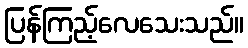
ပြန်ကြည့်လေသေးသည်။